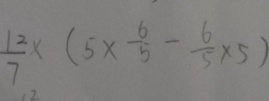
\frac { 1 2 } { 7 } \times ( 5 \times \frac { 6 } { 5 } - \frac { 6 } { 5 } \times 5 )